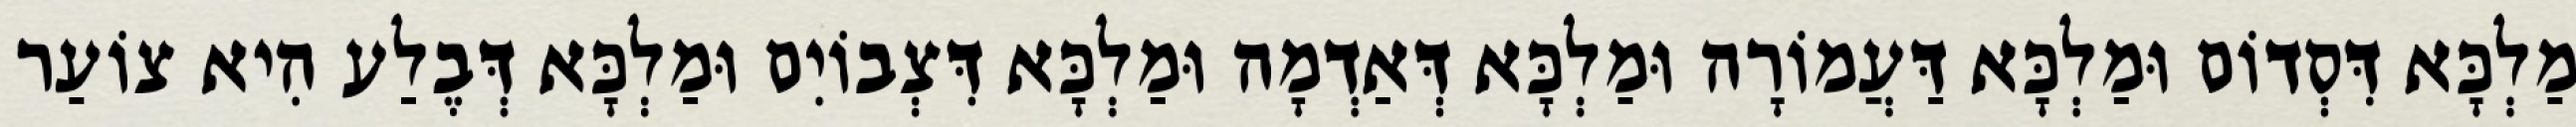
מַלְכָּא דִּסְדוֹם וּמַלְכָּא דַּעֲמוֹרָה וּמַלְכָּא דְּאַדְמָה וּמַלְכָּא דִּצְבוֹיִם וּמַלְכָּא דְּבֶלַע הִיא צוֹעַר